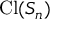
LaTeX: \operatorname { C l } ( S _ { n } )